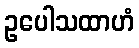
ဥပေါသထာဟံ